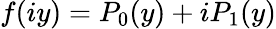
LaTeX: f(iy)=P_{0}(y)+iP_{1}(y)